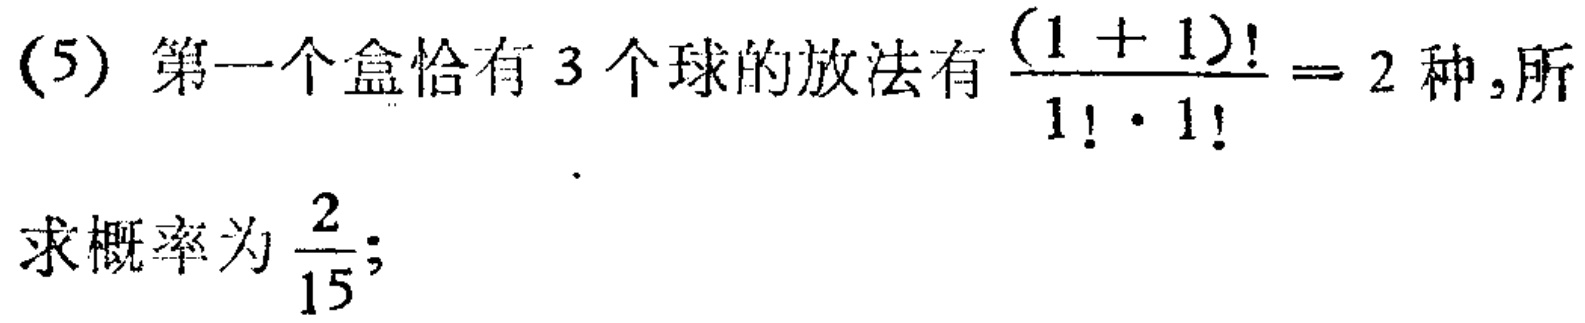
(5) 第一个盒恰有 3 个球的放法有$\frac{(1 + 1)!}{1!\cdot1!}=2$种, 所

求概率为$\frac{2}{15}$;